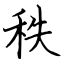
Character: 秩